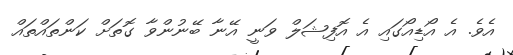
އެވެ. އެ އޯޑިއޯގައި އެ އޮފިޝަލް ވަނީ އޭނާ ބޭނުންވާ ގޮތަށް ކަންތައްތައް